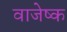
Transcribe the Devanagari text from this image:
वाजेष्क